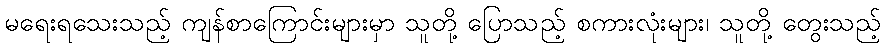
မရေးရသေးသည့် ကျန်စာကြောင်းများမှာ သူတို့ ပြောသည့် စကားလုံးများ၊ သူတို့ တွေးသည့်